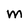
Character: M